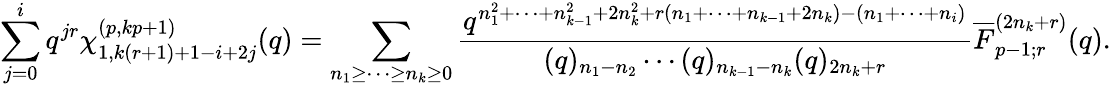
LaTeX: \sum_{j=0}^{i}q^{jr}\chi_{1,k(r+1)+1-i+2j}^{(p,kp+1)}(q)=\displaystyle\sum_{n_{1}\geq\cdots\geq n_{k}\geq 0}\frac{q^{n_{1}^{2}+\cdots+n_{k-1}^{2}+2n_{k}^{2}+r(n_{1}+\cdots+n_{k-1}+2n_{k})-(n_{1}+\cdots+n_{i})}}{(q)_{n_{1}-n_{2}}\cdots(q)_{n_{k-1}-n_{k}}(q)_{2n_{k}+r}}\overline{{{F}}}_{p-1;r}^{(2n_{k}+r)}(q).